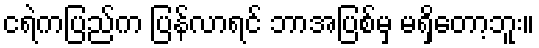
ငရဲကပြည်က ပြန်လာရင် ဘာအပြစ်မှ မရှိတော့ဘူး။